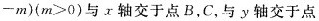
- m ) ( m > 0 )$$与x轴交于点B，C，与y轴交于点